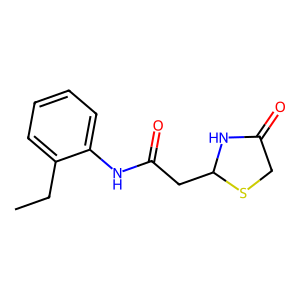
SMILES: CCc1ccccc1NC(=O)CC1NC(=O)CS1
Inhibits HIV replication: No